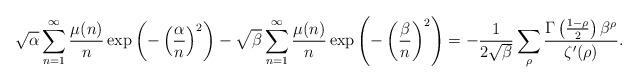
LaTeX: \begin{align*}\sqrt{\alpha} \sum_{n=1}^{\infty} \frac{\mu(n)}{n} \exp\left({-\left(\frac{\alpha}{n}\right)^2}\right) - \sqrt{\beta} \sum_{n=1}^{\infty} \frac{\mu(n)}{n} \exp\left({-\left(\frac{\beta}{n}\right)^2}\right) = -\frac{1}{2\sqrt{\beta}} \sum_{\rho} \frac{ \Gamma\left(\frac{1-\rho}{2} \right) \beta^\rho}{\zeta'(\rho)}.\end{align*}